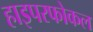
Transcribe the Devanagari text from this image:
हाइपरफोकल